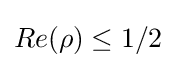
Re(\rho )\leq 1/2